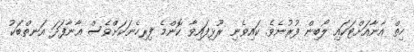
ހިތް އާނާއަށްޓަކައި ލޯބިން ފުރުނެވެ. ކައިވެނި ރޫޅިފައިވާ ކޮންމެ ފިރިހެނަކަށްވެސް އާނާފަދަ އަނތްބަކު